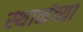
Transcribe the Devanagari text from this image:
स्थानंच्या